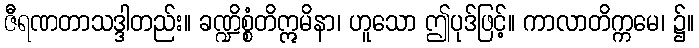
ဇီရဏတာသဒ္ဒါတည်း။ ခဏ္ဍိစ္စံတိဣမိနာ၊ ဟူသော ဤပုဒ်ဖြင့်။ ကာလာတိက္ကမေ၊ ၌။